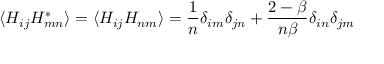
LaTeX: \langle H _ { i j } H _ { m n } ^ { * } \rangle = \langle H _ { i j } H _ { n m } \rangle = { \frac { 1 } { n } } \delta _ { i m } \delta _ { j n } + { \frac { 2 - \beta } { n \beta } } \delta _ { i n } \delta _ { j m }